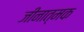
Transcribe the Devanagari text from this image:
जीनात्मक